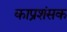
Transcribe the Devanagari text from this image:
काप्रशंसक